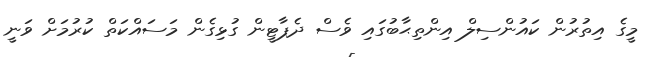
މީގެ އިތުރުން ކައުންސިލް އިންތިޙާބުގައި ވެސް ދެޕާޓީން ގުޅިގެން މަސައްކަތް ކުރުމަށް ވަނީ